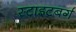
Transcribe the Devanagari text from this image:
स्टाइटबर्ग